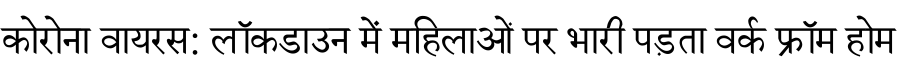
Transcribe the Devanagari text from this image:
कोरोना वायरस: लॉकडाउन में महिलाओं पर भारी पड़ता वर्क फ्रॉम होम